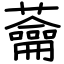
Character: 蘥